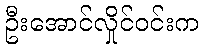
ဦးအောင်လှိုင်ဝင်းက